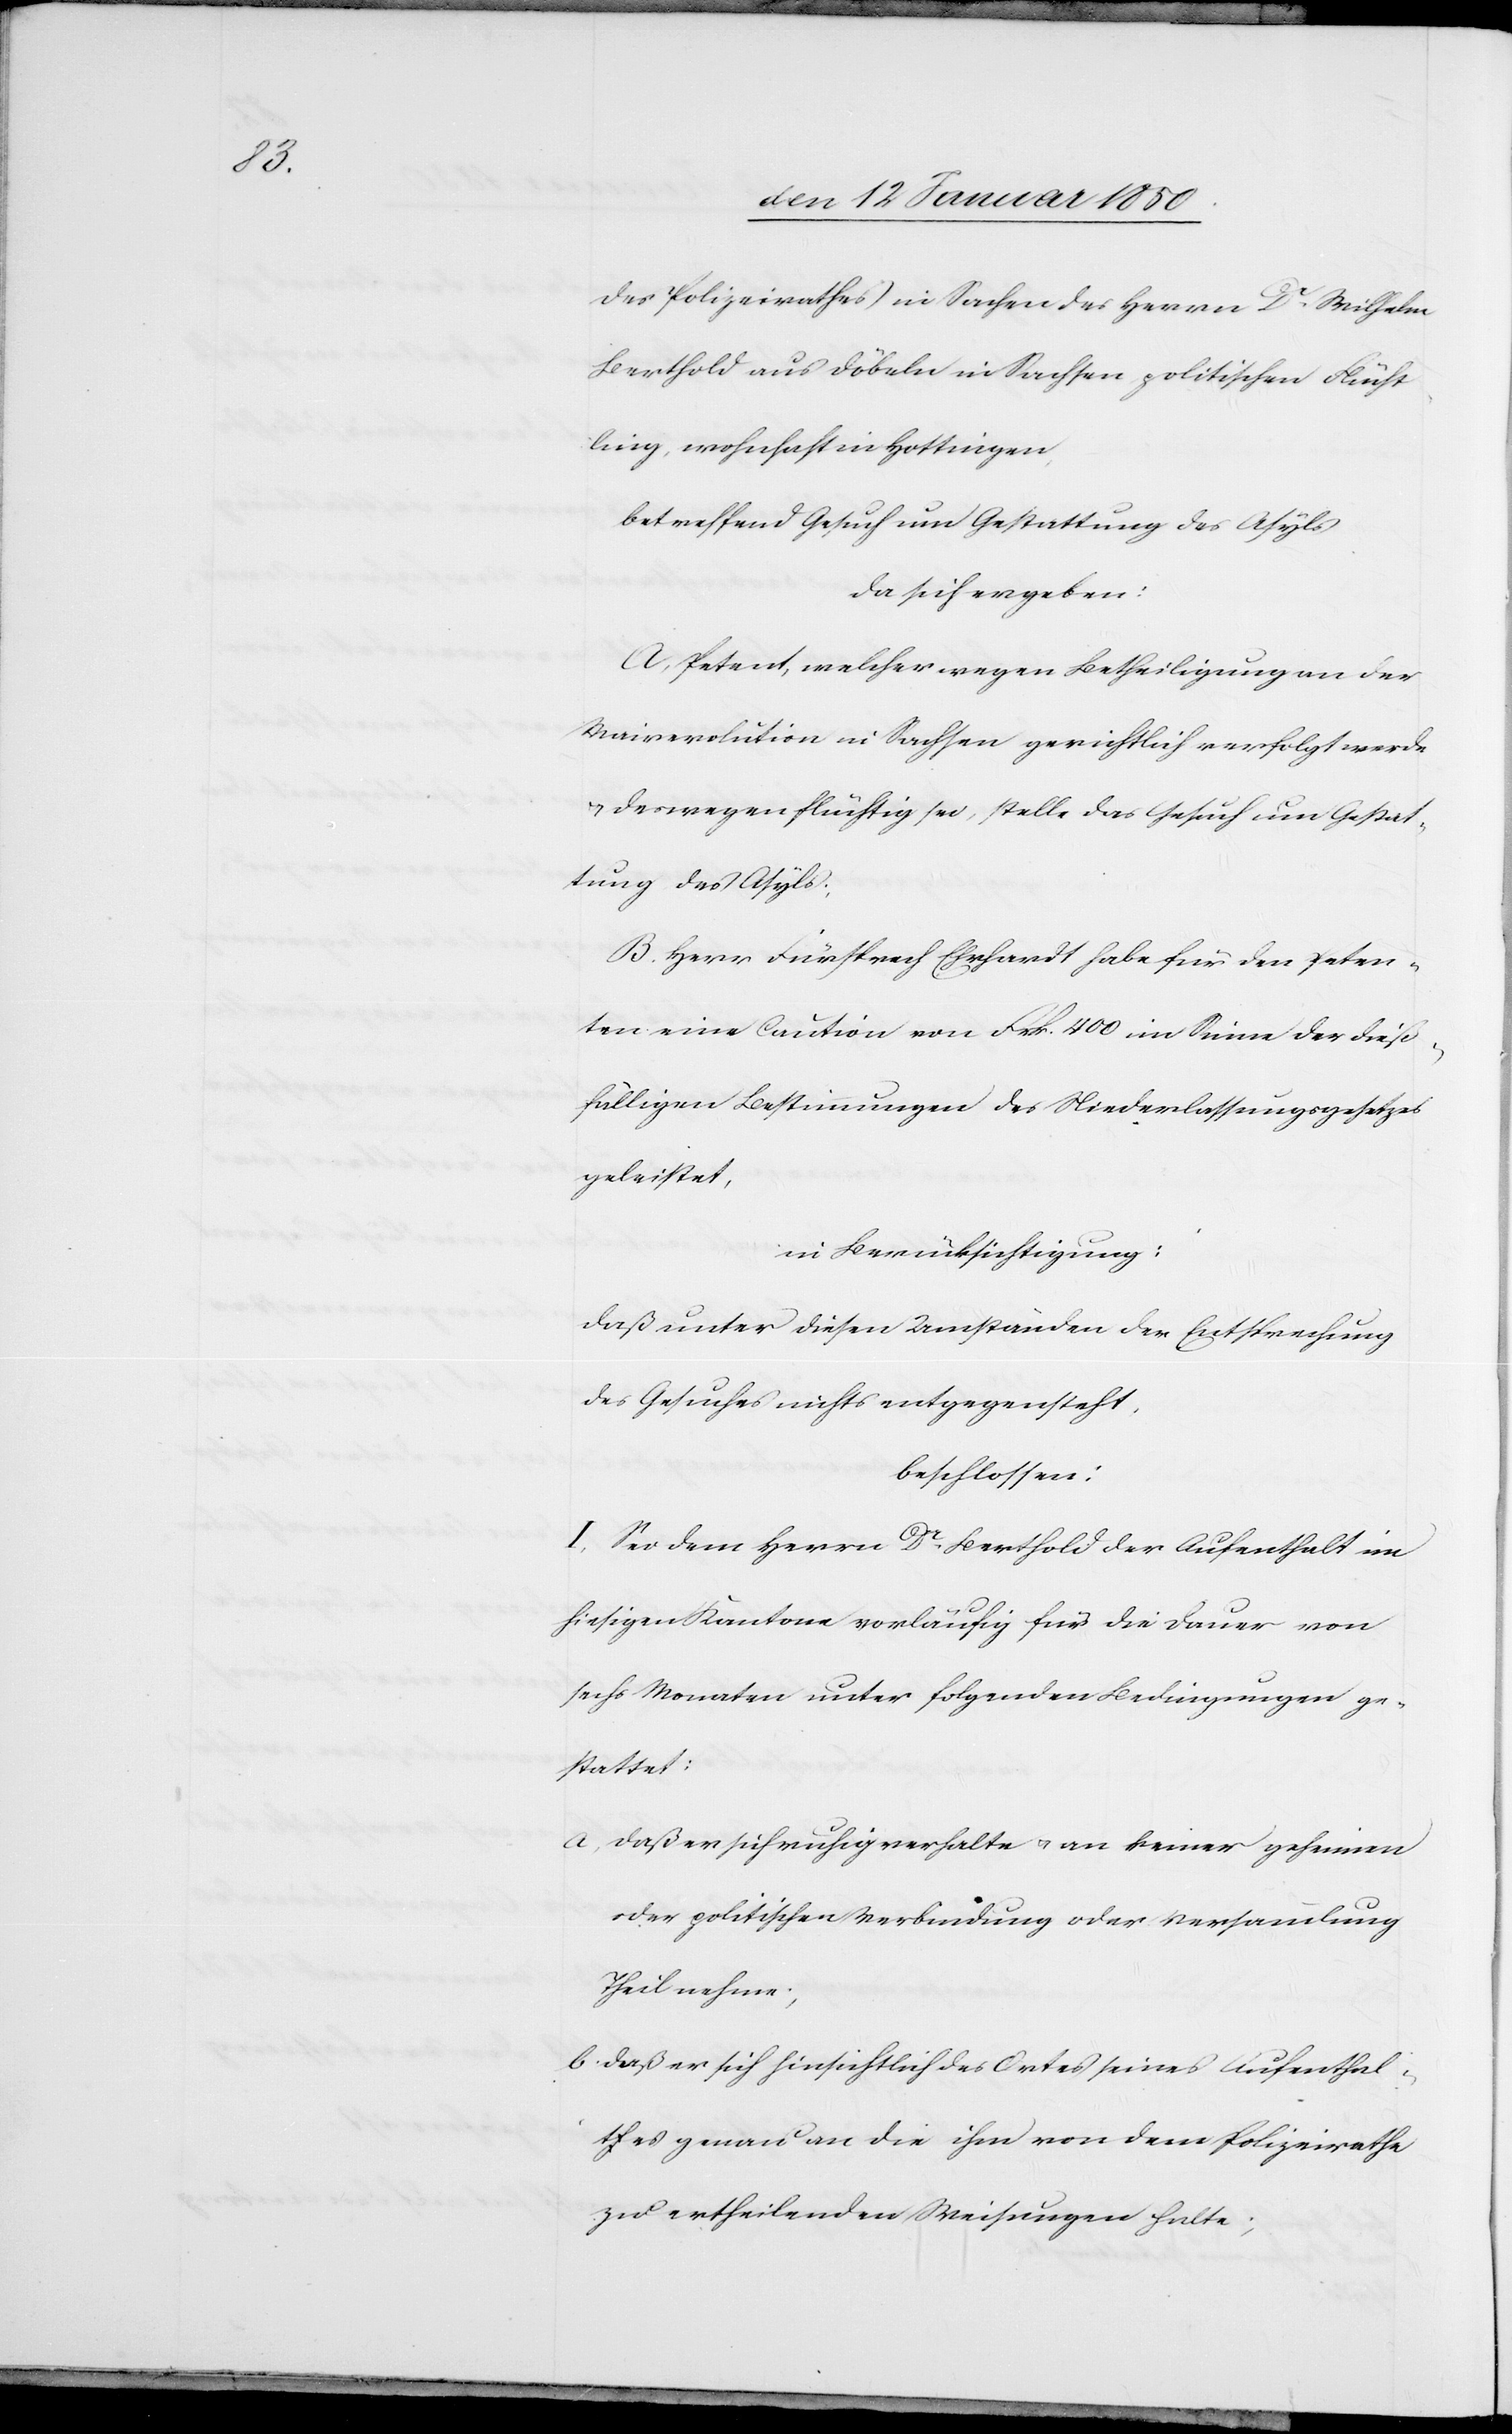
des Polizeirathes in Sachen des Herrn Dr. Wilhelm
Berthold aus Döbeln in Sachsen politischen Flücht¬
ling, wohnhaft in Hottingen,
betreffend Gesuch und Gestattung des Asyls
da sich ergeben:
A. Petent, welcher wegen Betheiligung an der
Mairevolution in Sachsen gerichtlich verfolgt werde
u. deswegen flüchtig sei, stelle das Gesuch um Gestat¬
tung des Asyls;
B. Herr Fürsprech Ehrhardt habe für den Peten¬
ten eine Caution von Frk. 400 im Sinne der dieß¬
fälligen Bestimmungen des Niederlassungsgesetzes
geleistet,
in Berücksichtigung:
daß unter diesen Umständen der Entsprechung
des Gesuches nichts entgegensteht.
beschlossen:
I. Sei dem Herrn Dr. Berthold der Aufenthalt im
hiesigen Kantone vorläufig für die Dauer von
sechs Monaten unter folgenden Bedingungen ge¬
stattet:
a. daß er sich ruhig verhalte u. an keiner geheimen
oder politischen Verbindung oder Versammlung
Theil nehme;
b. daß er sich hinsichtlich des Ortes seines Aufenthal¬
tes genau an die ihm von dem Polizeirathe
zu ertheilenden Weisungen halte;